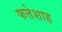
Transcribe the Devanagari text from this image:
फत्तेशाह